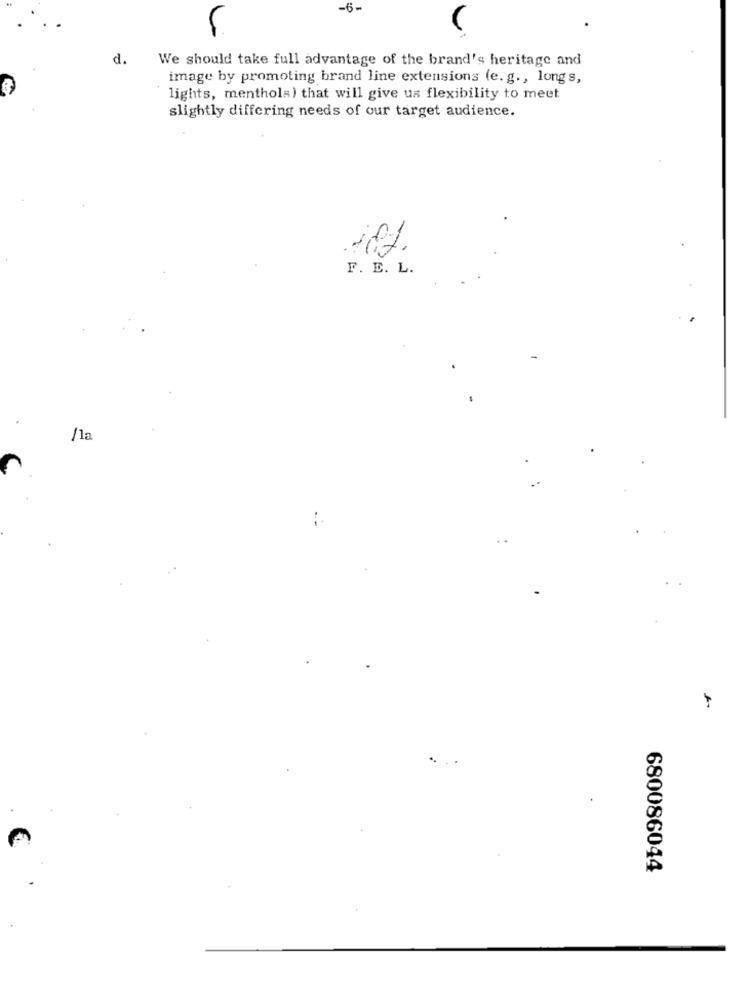
-6-
d.
We should take full advantage of the brand's heritage and
image by promoting brand line extensions (e. g ., longs,
lights, menthols) that will give us flexibility to meet
slightly differing needs of our target audience.
F. E. L.
/la
680086044